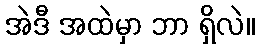
အဲဒီ အထဲမှာ ဘာ ရှိလဲ။